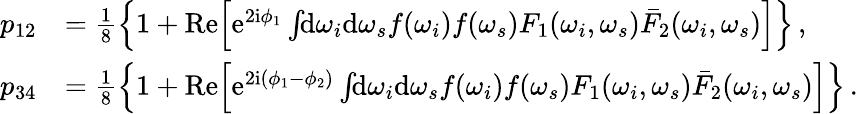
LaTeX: \begin{array}{rl}{p_{12}}&{=\frac{1}{8}\left\{ 1+\mathrm{Re}\Big[\mathrm{e}^{2\mathrm{i}\phi_{1}}\int\! \! \mathrm{d}\omega_{i}\mathrm{d}\omega_{s}f(\omega_{i})f(\omega_{s})F_{1}(\omega_{i},\omega_{s})\bar{F}_{2}(\omega_{i},\omega_{s})\Big]\right\} \, ,}\\ {p_{34}}&{=\frac{1}{8}\left\{ 1+\mathrm{Re}\Big[\mathrm{e}^{2\mathrm{i}(\phi_{1}-\phi_{2})}\int\! \! \mathrm{d}\omega_{i}\mathrm{d}\omega_{s}f(\omega_{i})f(\omega_{s})F_{1}(\omega_{i},\omega_{s})\bar{F}_{2}(\omega_{i},\omega_{s})\Big]\right\} \, .}\end{array}